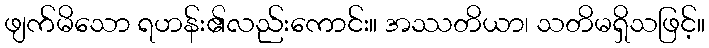
ဖျက်မိသော ရဟန်း၏လည်းကောင်း။ အဿတိယာ၊ သတိမရှိသဖြင့်။